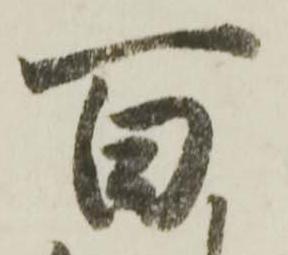
百